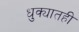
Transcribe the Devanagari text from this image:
धुक्यातही